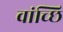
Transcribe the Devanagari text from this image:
वांच्छि